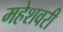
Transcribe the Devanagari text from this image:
महेशवरी